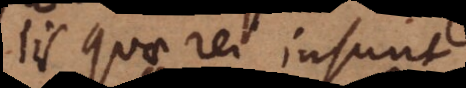
iis quae rei insunt